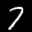
Label: 7